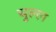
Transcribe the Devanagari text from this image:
चुल्ल